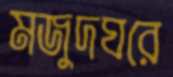
মজুদঘরে